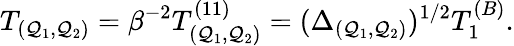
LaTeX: T_{(\mathcal{Q}_{1},\mathcal{Q}_{2})}=\beta^{-2}T_{(\mathcal{Q}_{1},\mathcal{Q}_{2})}^{(11)}=(\Delta_{(\mathcal{Q}_{1},\mathcal{Q}_{2})})^{1/2}T_{1}^{(B)}.